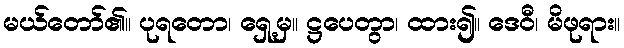
မယ်တော်၏။ ပုရတော၊ ရှေ့မှ။ ဋ္ဌပေတွာ၊ ထား၍။ ဒေဝီ၊ မိဖုရား။